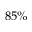
8 5 \%